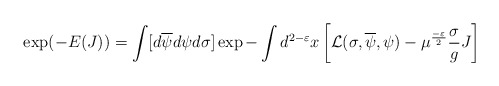
\begin{align*} \exp(-E(J))=\int[d\overline{\psi}d\psi d\sigma]\exp-\int d^{2-\varepsilon}x\left[{\cal L}(\sigma,\overline{\psi},\psi)-\mu^{\frac{-\varepsilon}{2}}\frac{\sigma}{g}J\right]\end{align*}